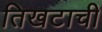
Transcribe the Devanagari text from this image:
तिखटाची